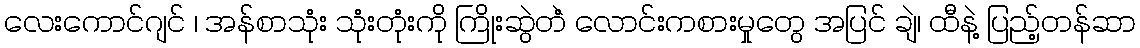
လေးကောင်ဂျင် ၊ အန်စာသုံး သုံးတုံးကို ကြိုးဆွဲတဲံ လောင်းကစားမှုတွေ အပြင် ချဲ၊ ထီနဲ့ ပြည့်တန်ဆာ